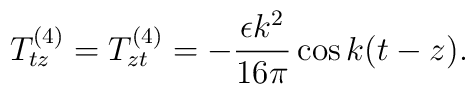
T^{(4)}_{tz}=T^{(4)}_{zt}=-\frac{\epsilon k^2}{16\pi}\cos k(t-z) .